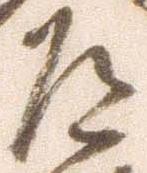
道